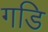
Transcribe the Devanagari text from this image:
गडि